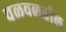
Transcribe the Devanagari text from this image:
चळवळतील